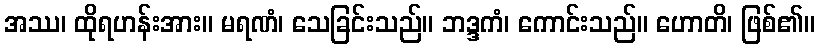
အဿ၊ ထိုရဟန်းအား။ မရဏံ၊ သေခြင်းသည်။ ဘဒ္ဒကံ၊ ကောင်းသည်။ ဟောတိ၊ ဖြစ်၏။